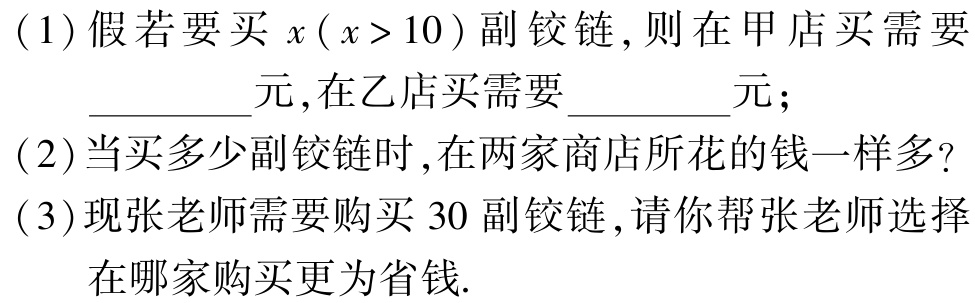
(1)假若要买\(x(x > 10)\)副铰链,则在甲店买需要__________元,在乙店买需要__________元；
(2)当买多少副铰链时,在两家商店所花的钱一样多?
(3)现张老师需要购买\(30\)副铰链,请你帮张老师选择在哪家购买更为省钱.